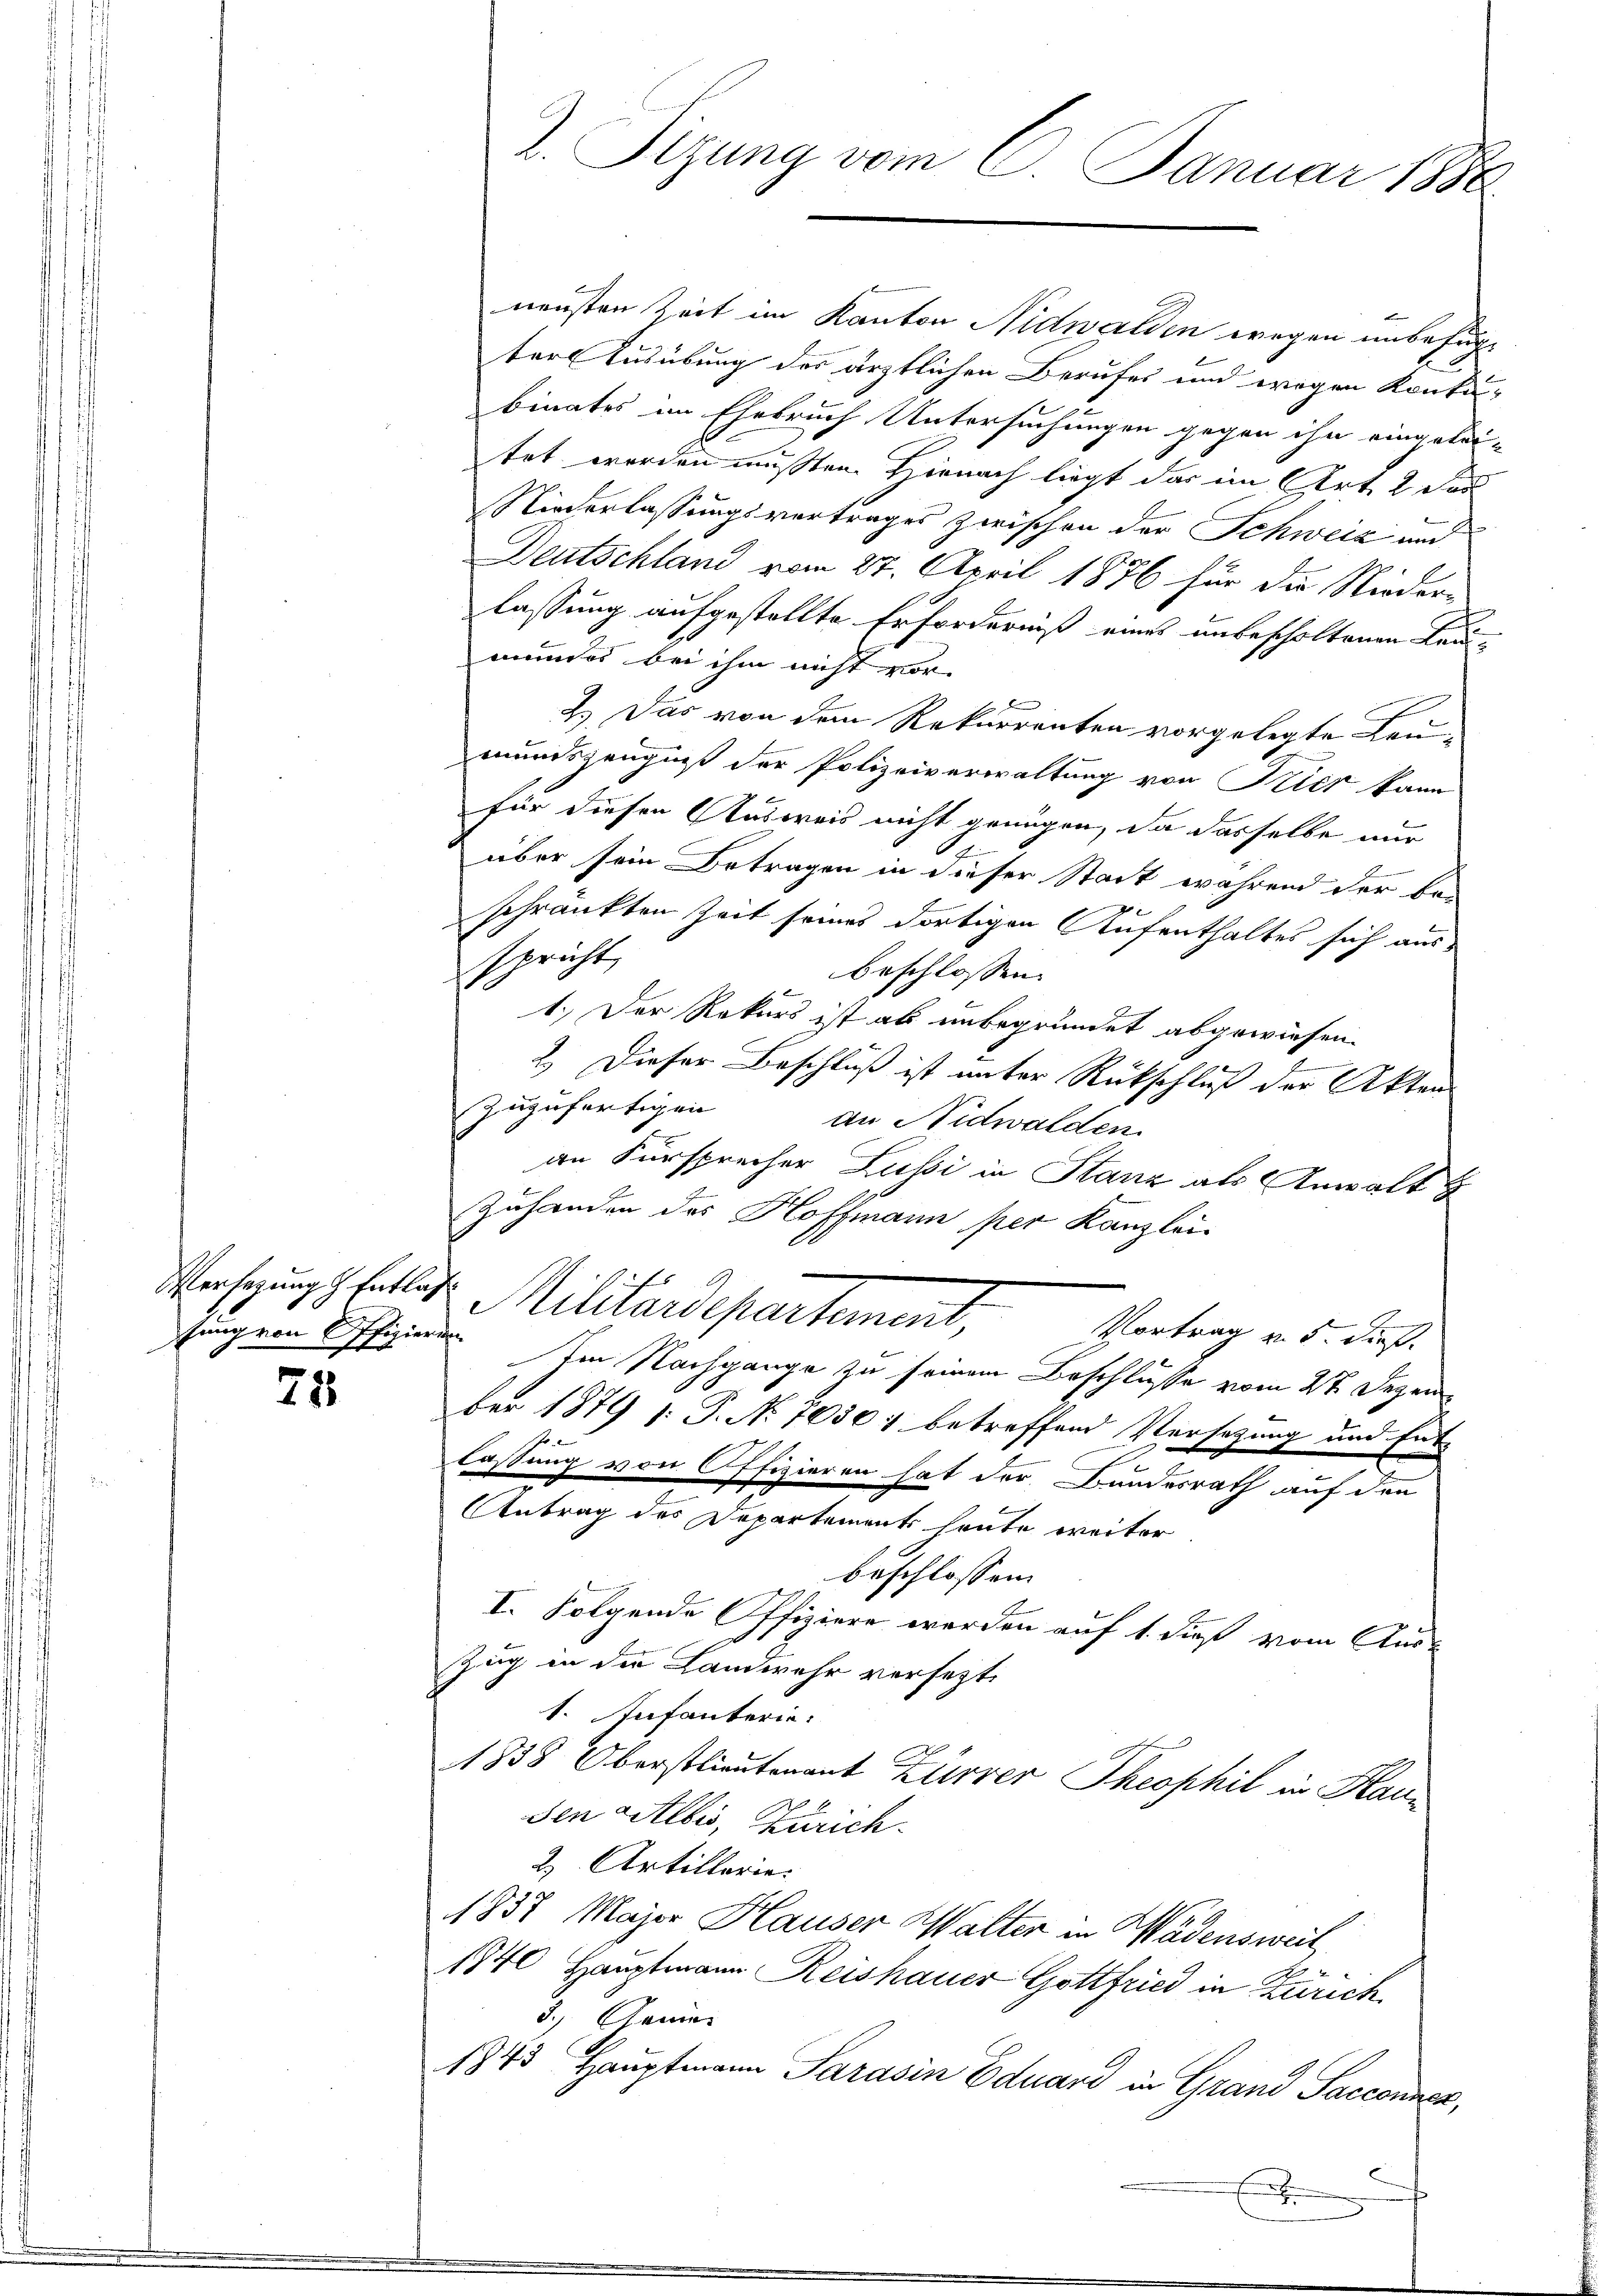
Versezung Entlas
schung von Offizierun

75

neusten Zeit im Kanton Nidwalden wegen unbefugt
ter Ausübung des ärztlichen Berufes und wegen Konkubinates im Ehebruch Untersuchungen gegen ihn eingelei-
tet werden mußten. Hienach liegt das im Art. 2 des
Niederlassungsvertrages zwischen der Schweiz and
Deutschland vom 27. April 1876 für die Nieder-
lassung aufgestellte Erforderniß eines unbescholtenen Kau-
mundes bei ihm nicht vor
F
2.) Das von dem Rekurrenten vorgelegte Leu-
mundszeugniß der Polizeiverwaltung von Klier kann
für diesen Ausweis nicht genügen, da dasselbe nur
e
über sein Betragen in dieser Stadt während der beschränkten Zeit seines dortigen Aufenthaltes sich ausspricht,
beschlossen:
1.) Der Rekurs ist ab unbegründet abgewiesen.
.
2.) Dieser Beschluß ist unter Rückschluß der Akten
zuzufertigen an Nidwalden
an Fürsprecher Lussi in Stanz als Anwalt
Zuhanden des Hoffmann per Kanzlei
Militärdepartement,
Vortrag v. 5. dieß.
Im Nachgange zu seinem Beschlüsse vom 27. Dezember 1879 /: P. No 7050 : betreffend Versetzung und Ent-
lassung von Offizieren hat der Bundesrath auf den
Antrag des Departement heute weiter
beschlossen:
I. Folgende Offiziere werden auf 1. dieß vom Aus-
d
Zug in der Landwehr versetzt
1. Anfanterie-
1838 Oberstlieutenant Zürrer Theophil in Hauden Litlbis, Zürich.
2) Artillerie.
1837. Major Hauser Walter in Wädensweil
1840 Hauptmann Reishauer Gottfried in Zürich
3.) Dame.
1843 Hauptmann Parasin Eduard in Grand Sacconner,
.

2. Sizung vom 6. Januar 1886